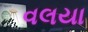
વલયા